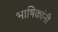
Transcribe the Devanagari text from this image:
भाषिकांनी